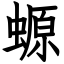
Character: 螈